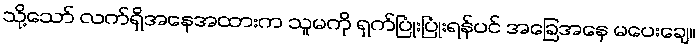
သို့သော် လက်ရှိအနေအထားက သူမကို ရှက်ပြုံးပြုံးရန်ပင် အခြေအနေ မပေးချေ။